Report of the King Institute of Preventive Medicine, Guindy
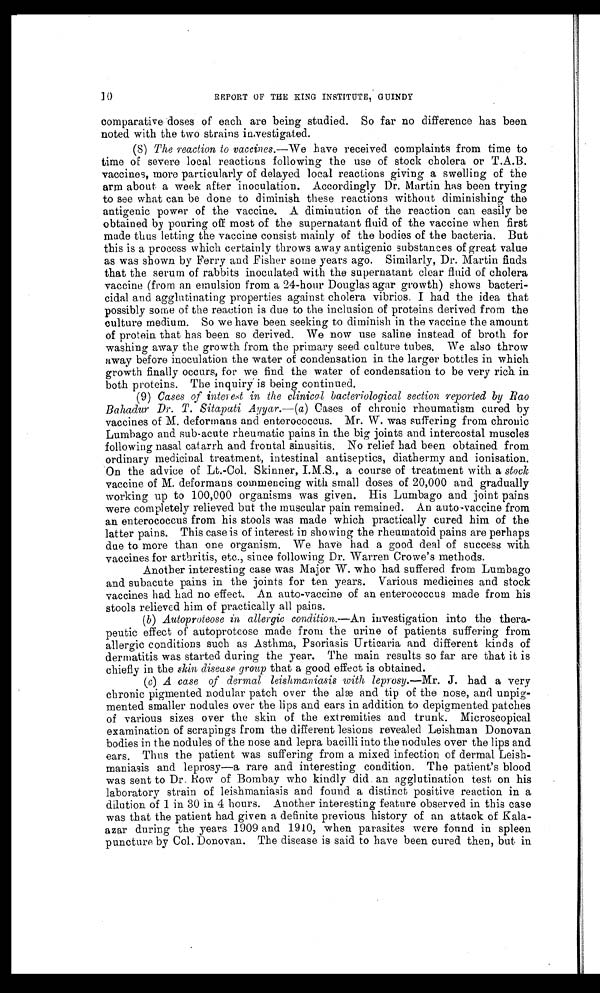
10
REPORT OF THE KING INSTITUTE, GUINDY
comparative doses of each are being studied. So far no difference has been
noted with the two strains investigated.
(8) The reaction to vaccines.—We have received complaints from time to
time of severe local reactions following the use of stock cholera or T.A.B.
vaccines, more particularly of delayed local reactions giving a swelling of the
arm about a week after inoculation. Accordingly Dr. Martin has been trying
to see what can be done to diminish these reactions without diminishing the
antigenic power of the vaccine. A diminution of the reaction can easily be
obtained by pouring off most of the supernatant fluid of the vaccine when first
made thus letting the vaccine consist mainly of the bodies of the bacteria. But
this is a process which certainly throws away antigenic substances of great value
as was shown by Ferry and Fisher some years ago. Similarly, Dr. Martin finds
that the serum of rabbits inoculated with the supernatant clear fluid of cholera
vaccine (from an emulsion from a 24-hour Douglas agar growth) shows bacteri-
cidal and agglutinating properties against cholera vibrios. I had the idea that
possibly some of the reaction is due to the inclusion of proteins derived from the
culture medium. So we have been seeking to diminish in the vaccine the amount
of protein that has been so derived. We now use saline instead of broth for
washing away the growth from the primary seed culture tubes. We also throw
away before inoculation the water of condensation in the larger bottles in which
growth finally occurs, for we find the water of condensation to be very rich in
both proteins. The inquiry is being continued.
(9) Cases of interest in the clinical bacteriological section reported by Rao
Bahadur Dr. T. Sitapati Ayyar.—(a) Cases of chronic rheumatism cured by
vaccines of M. deformans and enterococcus. Mr. W. was suffering from chronic
Lumbago and sub-acute rheumatic pains in the big joints and intercostal muscles
following nasal catarrh and frontal sinusitis. No relief had been obtained from
ordinary medicinal treatment, intestinal antiseptics, diathermy and ionisation.
On the advice of Lt.-Col. Skinner, a course of treatment with a stock
vaccine of M. deformans commencing with small doses of 20,000 and gradually
working up to 100,000 organisms was given. His Lumbago and joint pains
were completely relieved but the muscular pain remained. An auto-vaccine from
an enterococcus from his stools was made which practically cured him of the
latter pains. This case is of interest in showing the rheumatoid pains are perhaps
due to more than one organism. We have had a good deal of success with
vaccines for arthritis, etc., since following Dr. Warren Crowe's methods.
Another interesting case was Major W. who had suffered from Lumbago
and subacute pains in the joints for ten years. Various medicines and stock
vaccines had had no effect. An auto-vaccine of an enterococcus made from his
stools relieved him of practically all pains.
(b) Autoproteose in allergic condition.— An investigation into the thera-
peutic effect of autoproteose made from the urine of patients suffering from
allergic conditions such as Asthma, Psoriasis Urticaria and different kinds of
dermatitis was started during the year. The main results so far are that it is
chiefly in the skin disease group that a good effect is obtained.
(b) A case of dermal leishmaniasis with leprosy.—Mr. J. had a very
chronic pigmented nodular patch over the alæ and tip of the nose, and unpig
- m e n t e d s m a l l e r
n o d u l e s
o v e r t h e l i p s a n d e a r s i n a d d i t i o n t o d e p i g m e n t e d p a t c h e s
of various sizes over the skin of the extremities and trunk. Microscopical
examination of scrapings from the different lesions revealed Leishman Donovan
bodies in the nodules of the nose and lepra bacilli into the nodules over the lips and
ears. Thus the patient was suffering from a mixed infection of dermal Leish-
maniasis and leprosy—a rare and interesting condition. The patient's blood
was sent to Dr. Row of Bombay who kindly did an agglutination test on his
laboratory strain of leishmaniasis and found a distinct positive reaction in a
dilution of 1 in 30 in 4 hours. Another interesting feature observed in this case
was that the patient had given a definite previous history of an attack of Kala
- a z a r d u r i n g t h e y e a r s 1 9 0 9 a n d 1 9 1 0 , w h e n p a r a s i t e s w e r e f o u n d i n s p l e e n
puncture by Col. Donovan. The disease is said to have been cured then, but in